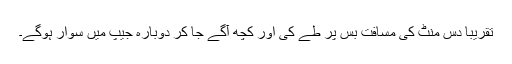
تقریباََ دس منٹ کی مسافت بس پر طے کی اور کچھ آگے جا کر دوبارہ جیپ میں سوار ہوگے۔